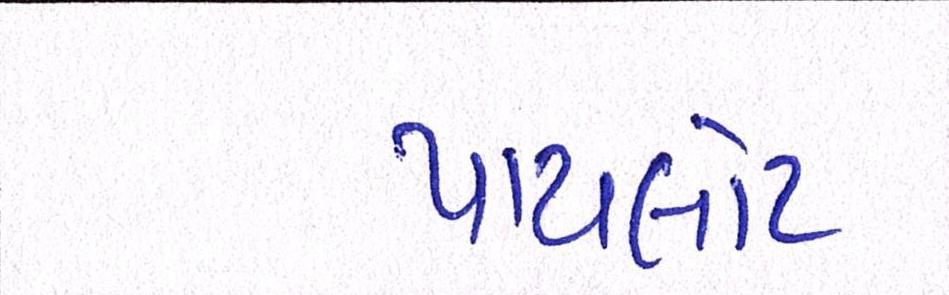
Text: પાયલોટ